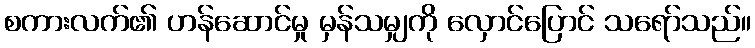
စကားလက်၏ ဟန်ဆောင်မှု မှန်သမျှကို လှောင်ပြောင် သရော်သည်။